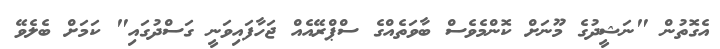
އެގޮތުން "ނަޝީދުގެ މޫނަށް ކޮންމެވެސް ބާވަތެއްގެ ސްޕްރޭއެއް ޖަހާފައިވަނީ ގަސްދުގައި" ކަމަށް ބެލެވޭ